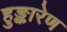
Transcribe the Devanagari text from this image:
हुङ्कारेण